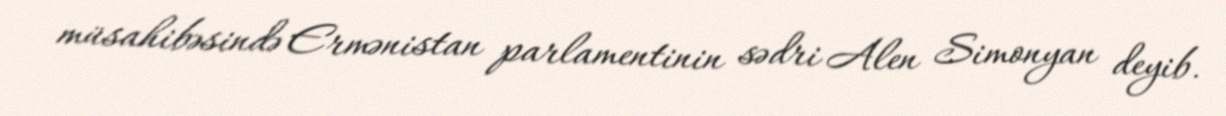
müsahibəsində Ermənistan parlamentinin sədri Alen Simonyan deyib.